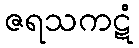
ဇရသကဋံ